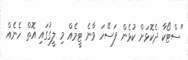
"ސްޓޯކާ ދެކޮޅަށް ކުޅެން ފަސޭހަ ވާނެ ޓީމެއް މި ލީގުގައި އޮތް ހެނެއް